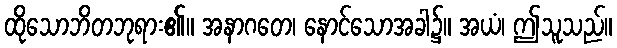
ထိုသောဘိတဘုရား၏။ အနာဂတေ၊ နောင်သောအခါ၌။ အယံ၊ ဤသူသည်။